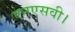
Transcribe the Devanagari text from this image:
एनएसवी।